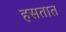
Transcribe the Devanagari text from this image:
हसतात